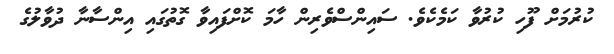
ކުރުމަށް ފޫހި ކުރުވާ ކަމެކެވެ. ސައިންސްވެރިން ހާމަ ކޮށްފައިވާ ގޮތުގައި އިންސާނާ ދުވާލުގެ